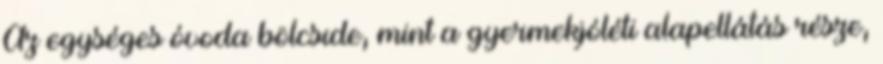
Az egységes óvoda bölcsıde, mint a gyermekjóléti alapellátás része,